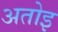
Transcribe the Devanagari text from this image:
अतोइ